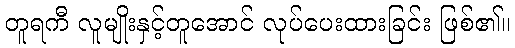
တူရကီ လူမျိုးနှင့်တူအောင် လုပ်ပေးထားခြင်း ဖြစ်၏။